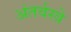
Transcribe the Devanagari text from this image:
अंतर्वस्त्रे